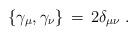
\begin{align*}\{\gamma_{\mu},\gamma_{\nu}\}\,=\,2\delta_{\mu\nu} \;.\end{align*}